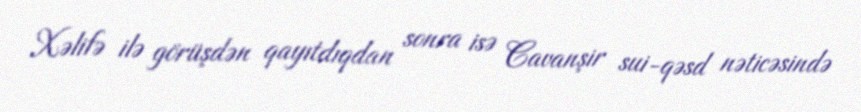
Xəlifə ilə görüşdən qayıtdıqdan sonra isə Cavanşir sui-qəsd nəticəsində